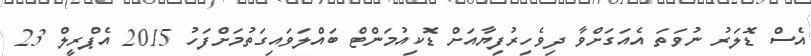
އެސް ޑޮލަރު ނުވަތަ އެއަގަށްވާ ދިވެހިރުފިޔާއަށް ޑޮކިއުމަންޓް ބައްލަވައިގަތުމަށްފަހު 2015 އެޕްރީލް 23